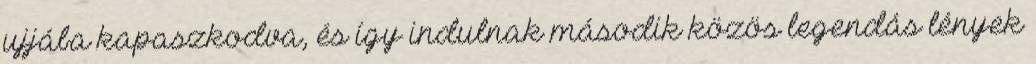
ujjába kapaszkodva, és így indulnak második közös legendás lények